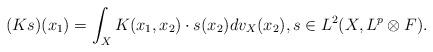
LaTeX: \begin{align*}(Ks) (x_1) = \int_X K(x_1, x_2) \cdot s(x_2) dv_X(x_2), s \in L^2(X, L^p \otimes F).\end{align*}